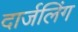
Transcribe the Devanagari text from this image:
दार्जलिंग